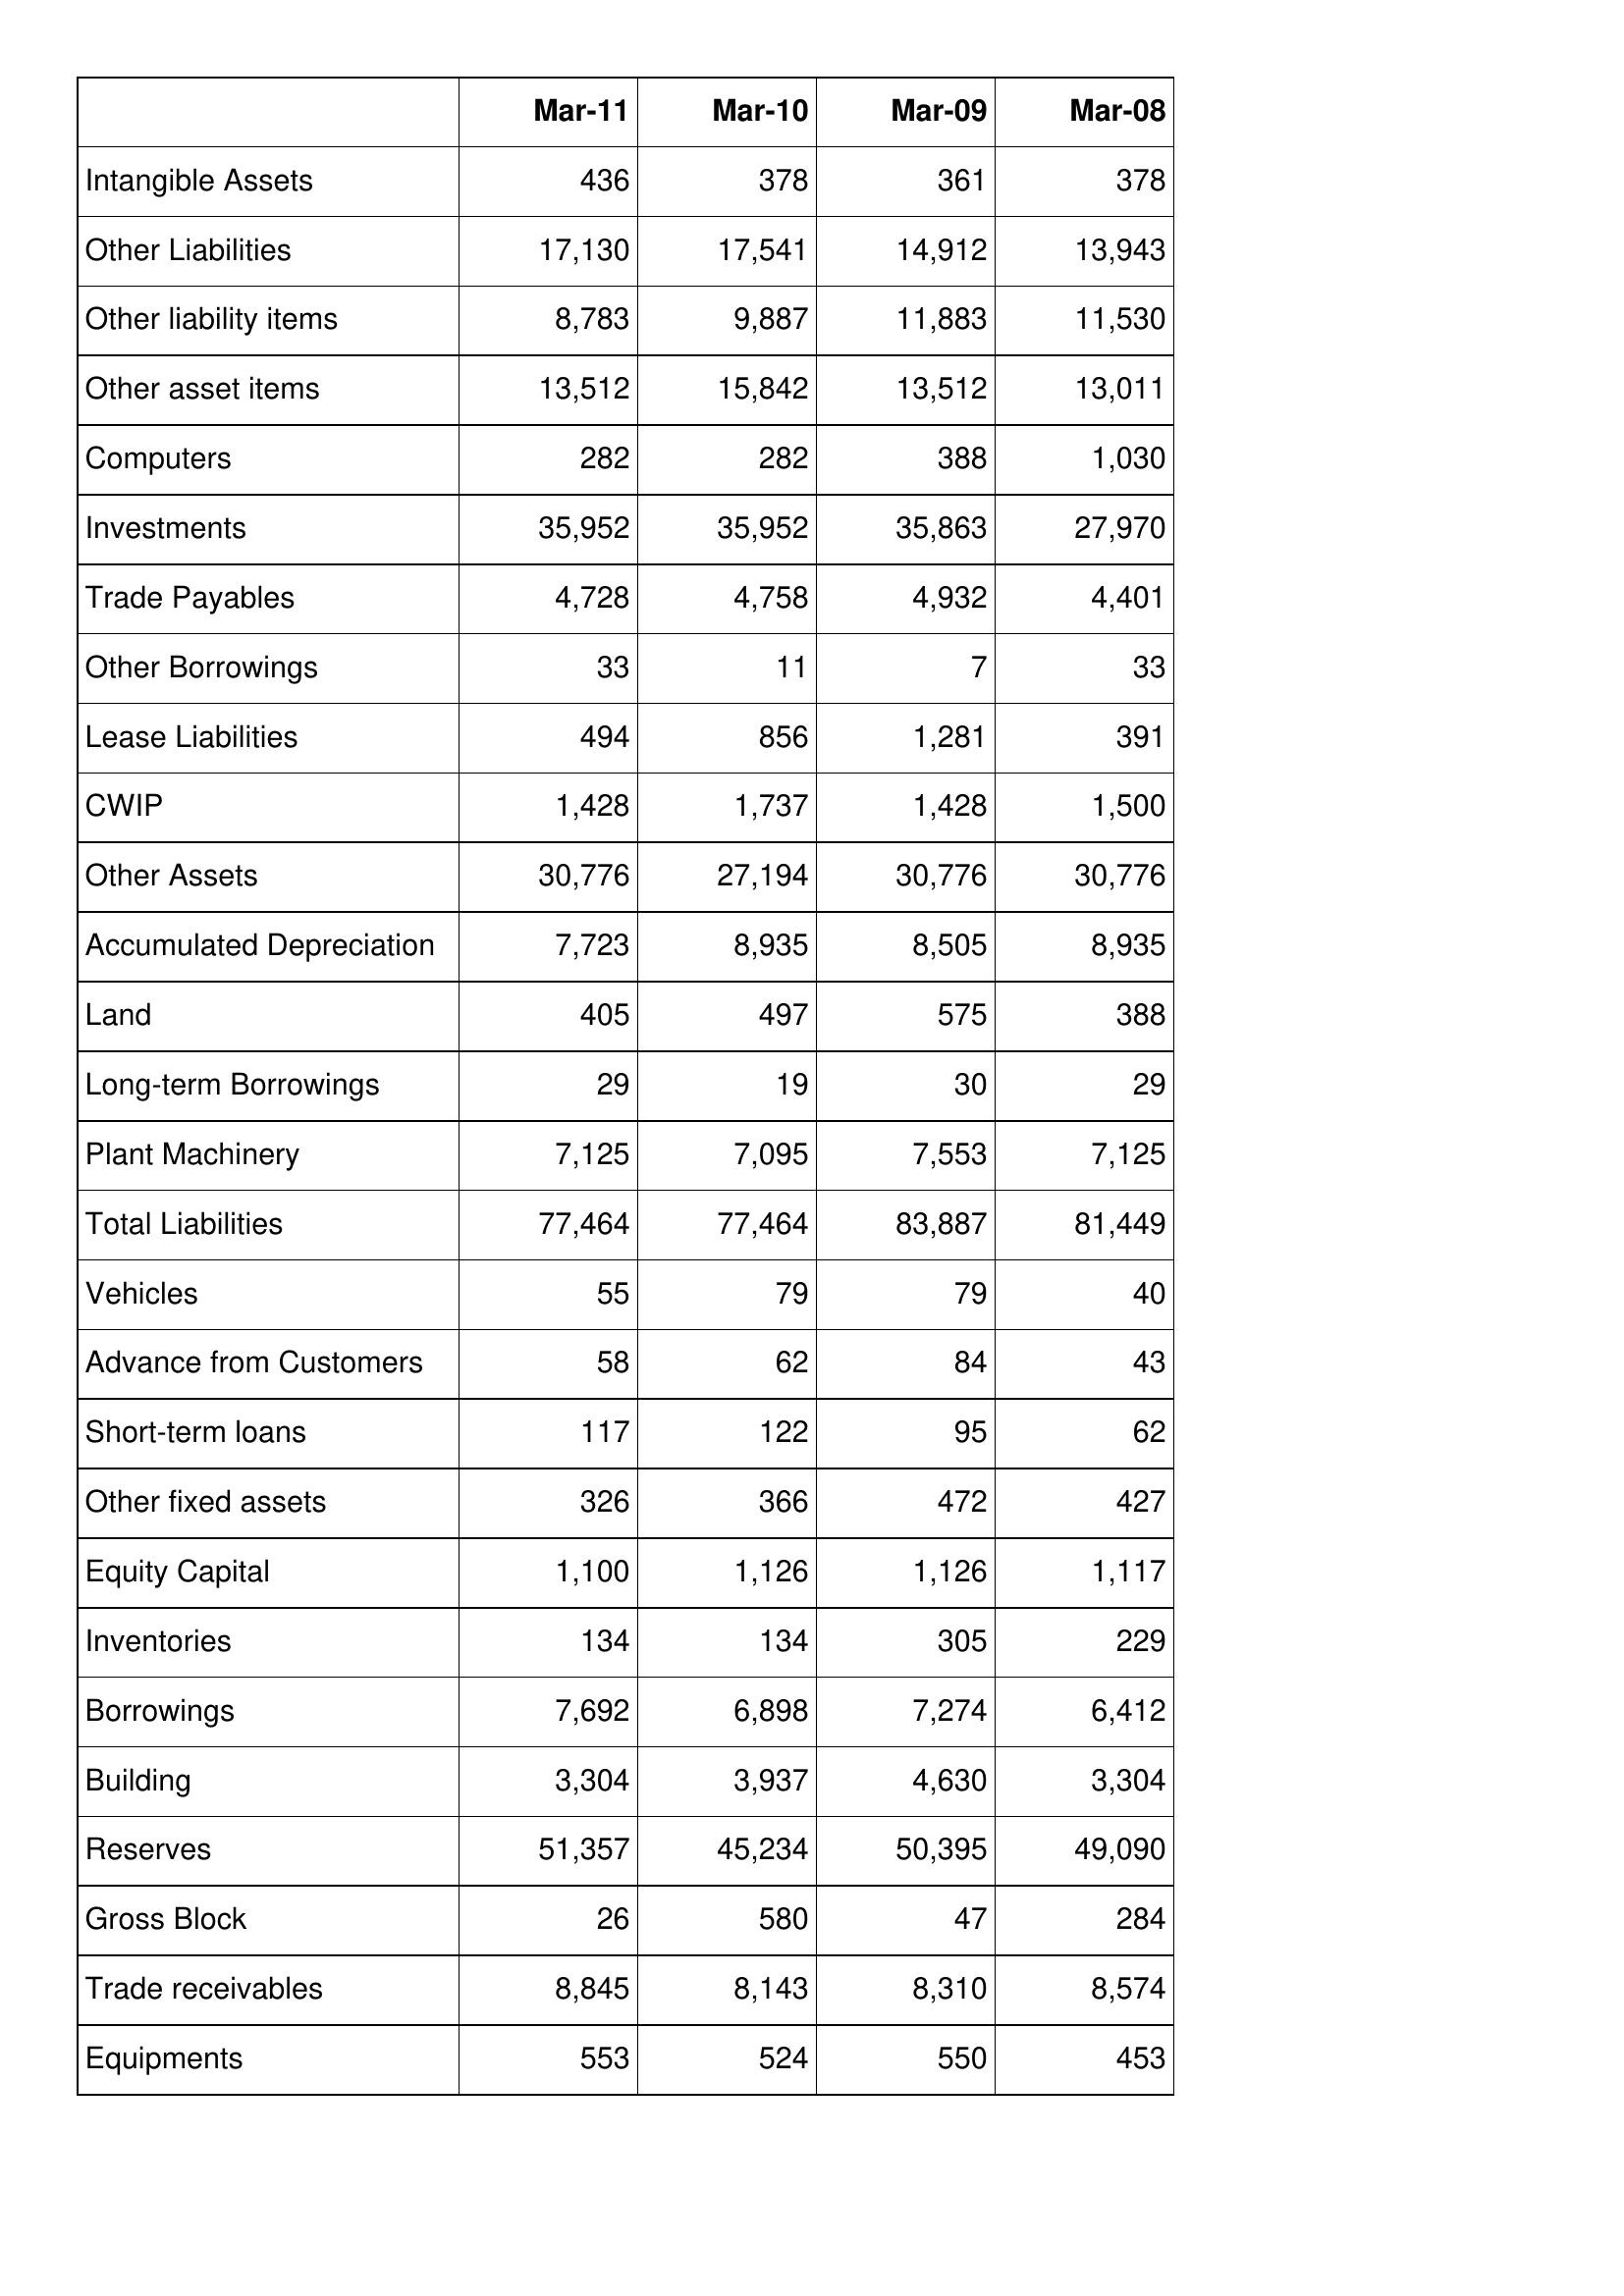
Mar-11: Balance Sheet: Intangible Assets: 436
Other Liabilities: 17,130
Other liability items: 8,783
Other asset items: 13,512
Computers: 282
Investments: 35,952
Trade Payables: 4,728
Other Borrowings: 33
Lease Liabilities: 494
CWIP: 1,428
Other Assets: 30,776
Accumulated Depreciation: 7,723
Land: 405
Long-term Borrowings: 29
Plant Machinery: 7,125
Total Liabilities: 77,464
Vehicles: 55
Advance from Customers: 58
Short-term loans: 117
Other fixed assets: 326
Equity Capital: 1,100
Inventories: 134
Borrowings: 7,692
Building: 3,304
Reserves: 51,357
Gross Block: 26
Trade receivables: 8,845
Equipments: 553
Mar-10: Balance Sheet: Intangible Assets: 378
Other Liabilities: 17,541
Other liability items: 9,887
Other asset items: 15,842
Computers: 282
Investments: 35,952
Trade Payables: 4,758
Other Borrowings: 11
Lease Liabilities: 856
CWIP: 1,737
Other Assets: 27,194
Accumulated Depreciation: 8,935
Land: 497
Long-term Borrowings: 19
Plant Machinery: 7,095
Total Liabilities: 77,464
Vehicles: 79
Advance from Customers: 62
Short-term loans: 122
Other fixed assets: 366
Equity Capital: 1,126
Inventories: 134
Borrowings: 6,898
Building: 3,937
Reserves: 45,234
Gross Block: 580
Trade receivables: 8,143
Equipments: 524
Mar-09: Balance Sheet: Intangible Assets: 361
Other Liabilities: 14,912
Other liability items: 11,883
Other asset items: 13,512
Computers: 388
Investments: 35,863
Trade Payables: 4,932
Other Borrowings: 7
Lease Liabilities: 1,281
CWIP: 1,428
Other Assets: 30,776
Accumulated Depreciation: 8,505
Land: 575
Long-term Borrowings: 30
Plant Machinery: 7,553
Total Liabilities: 83,887
Vehicles: 79
Advance from Customers: 84
Short-term loans: 95
Other fixed assets: 472
Equity Capital: 1,126
Inventories: 305
Borrowings: 7,274
Building: 4,630
Reserves: 50,395
Gross Block: 47
Trade receivables: 8,310
Equipments: 550
Mar-08: Balance Sheet: Intangible Assets: 378
Other Liabilities: 13,943
Other liability items: 11,530
Other asset items: 13,011
Computers: 1,030
Investments: 27,970
Trade Payables: 4,401
Other Borrowings: 33
Lease Liabilities: 391
CWIP: 1,500
Other Assets: 30,776
Accumulated Depreciation: 8,935
Land: 388
Long-term Borrowings: 29
Plant Machinery: 7,125
Total Liabilities: 81,449
Vehicles: 40
Advance from Customers: 43
Short-term loans: 62
Other fixed assets: 427
Equity Capital: 1,117
Inventories: 229
Borrowings: 6,412
Building: 3,304
Reserves: 49,090
Gross Block: 284
Trade receivables: 8,574
Equipments: 453